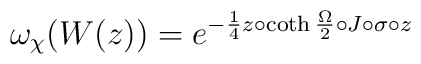
{\omega}_{\chi}(W(z)) = {e}^{-{\frac 1 4} z\circ\coth{{\frac\Omega 2}} \circ J\circ\sigma\circ z}